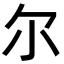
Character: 尔